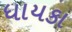
ધાયકા